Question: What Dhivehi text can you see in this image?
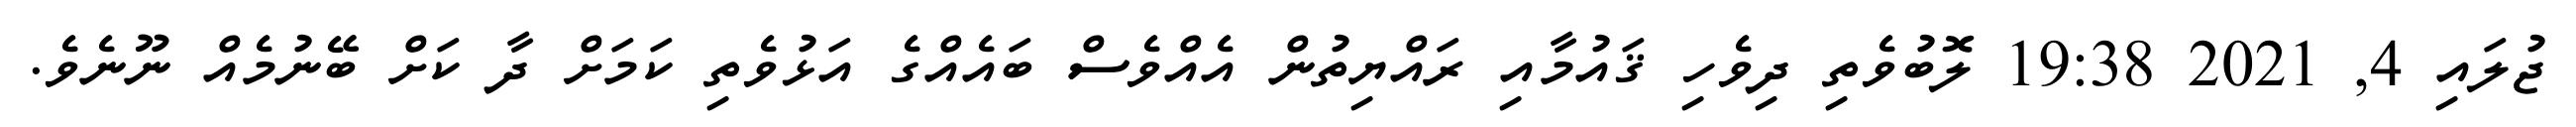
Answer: ޖުލައި 4, 2021 19:38 ލޮބުވެތި ދިވެހި ޤައުމާއި ރައްޔިތުން އެއްވެސް ބައެއްގެ އަޅުވެތި ކަމަށް ދާ ކަށް ބޭނުމެއް ނޫނެވެ.